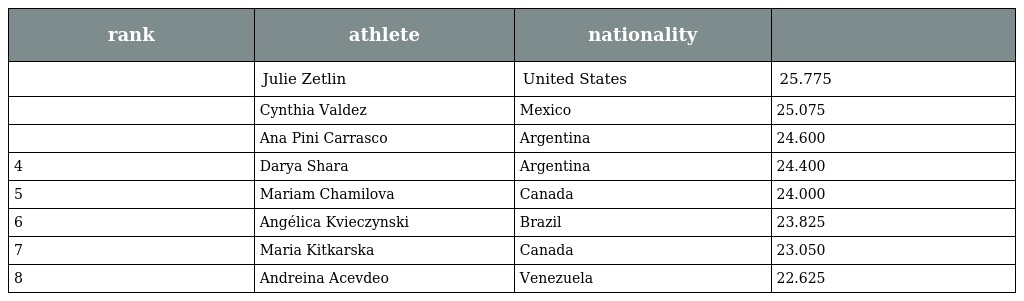
| rank | athlete | nationality |  |
 | --- | --- | --- | --- |
 |  | Julie Zetlin | United States | 25.775 |
 |  | Cynthia Valdez | Mexico | 25.075 |
 |  | Ana Pini Carrasco | Argentina | 24.600 |
 | 4 | Darya Shara | Argentina | 24.400 |
 | 5 | Mariam Chamilova | Canada | 24.000 |
 | 6 | Angélica Kvieczynski | Brazil | 23.825 |
 | 7 | Maria Kitkarska | Canada | 23.050 |
 | 8 | Andreina Acevdeo | Venezuela | 22.625 |